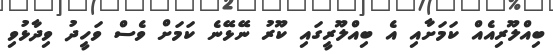
ބިއްލޫރިއެއް ކަމަށާއި އެ ބިއްލޫރީގައި ކޫރު ނޭޅޭނެ ކަމަށް ވެސް ވަހީދު ވިދާޅުވި